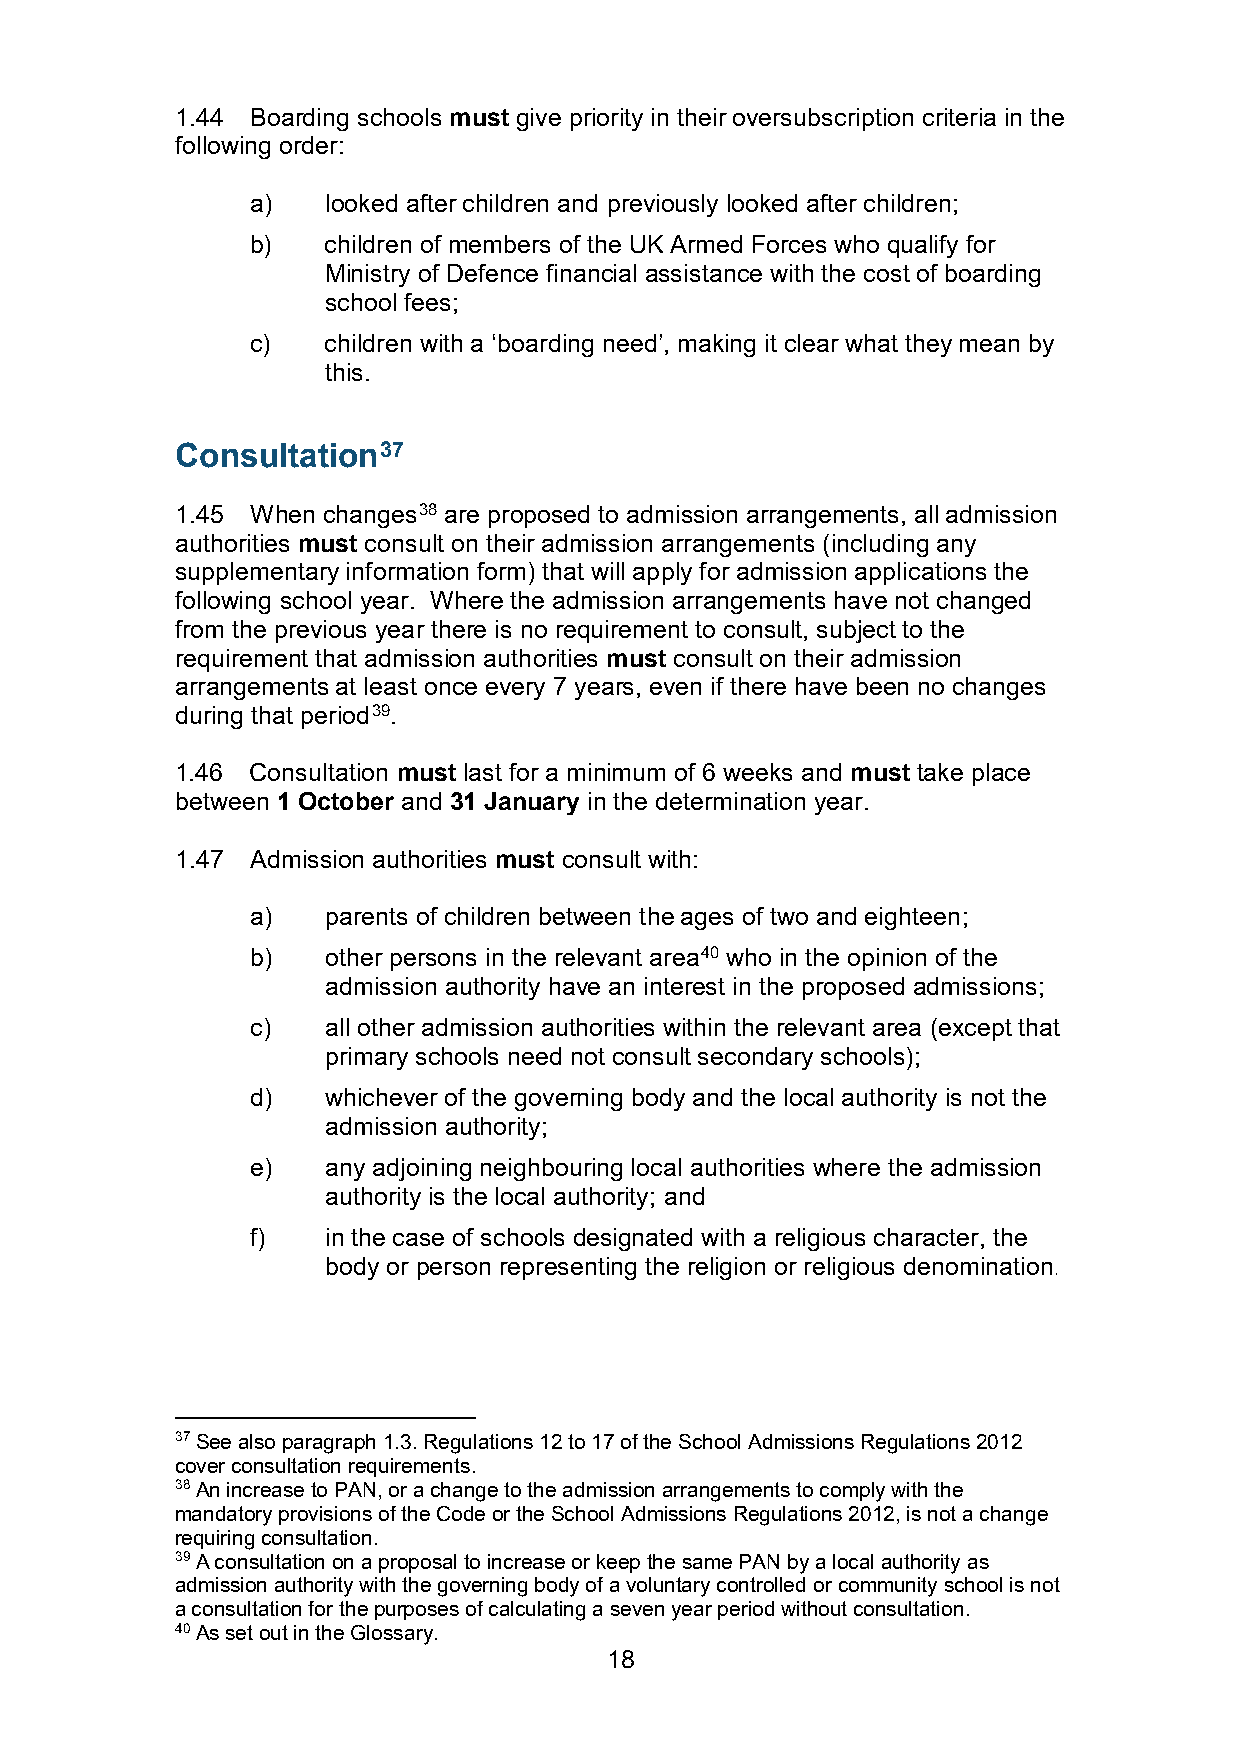
1.44 Boarding schools must give priority in their oversubscription criteria in the
 following order:
 a)   looked after children and previously looked after children;
 b)   children of members of the UK Armed Forces who qualify for
 Ministry of Defence financial assistance with the cost of boarding
 school fees;
 c)   children with a ‘boarding need’, making it clear what they mean by
 this.
 Consultation37
 1.45 When changes38 are proposed to admission arrangements, all admission
 authorities must consult on their admission arrangements (including any
 supplementary information form) that will apply for admission applications the
 following school year. Where the admission arrangements have not changed
 from the previous year there is no requirement to consult, subject to the
 requirement that admission authorities must consult on their admission
 arrangements at least once every 7 years, even if there have been no changes
 during that period39.
 1.46 Consultation must last for a minimum of 6 weeks and must take place
 between 1 October and 31 January in the determination year.
 1.47 Admission authorities must consult with:
 a)   parents of children between the ages of two and eighteen;
 b)   other persons in the relevant area40 who in the opinion of the
 admission authority have an interest in the proposed admissions;
 c)   all other admission authorities within the relevant area (except that
 primary schools need not consult secondary schools);
 d)   whichever of the governing body and the local authority is not the
 admission authority;
 e)   any adjoining neighbouring local authorities where the admission
 authority is the local authority; and
 f)   in the case of schools designated with a religious character, the
 body or person representing the religion or religious denomination.
 37 See also paragraph 1.3. Regulations 12 to 17 of the School Admissions Regulations 2012
 cover consultation requirements.
 38 An increase to PAN, or a change to the admission arrangements to comply with the
 mandatory provisions of the Code or the School Admissions Regulations 2012, is not a change
 requiring consultation.
 39 A consultation on a proposal to increase or keep the same PAN by a local authority as
 admission authority with the governing body of a voluntary controlled or community school is not
 a consultation for the purposes of calculating a seven year period without consultation.
 40 As set out in the Glossary.
 18